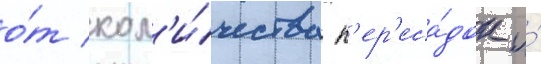
о́т кол'и́чества п'ер'еса́док и́